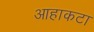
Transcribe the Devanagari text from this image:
आहाकटा